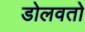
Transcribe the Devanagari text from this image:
डोलवतो